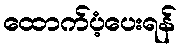
ထောက်ပံ့ပေးရန်